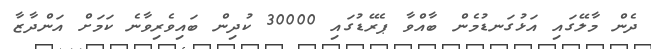
ދެން މާލޭގައި އަޅުގަނޑުމެން ބާއްވާ ޕެރޭޑުގައި 30000 ކުދިން ބައިވެރިވާނެ ކަމަށް އަންދާޒާ